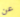
عن